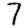
Digit: 7